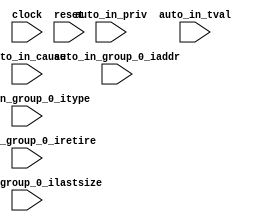
module BundleBridgeNexus_15(
  input         clock,
  input         reset,
  input         auto_in_group_0_iretire,
  input  [31:0] auto_in_group_0_iaddr,
  input  [3:0]  auto_in_group_0_itype,
  input         auto_in_group_0_ilastsize,
  input  [3:0]  auto_in_priv,
  input  [31:0] auto_in_tval,
  input  [31:0] auto_in_cause
);
endmodule